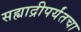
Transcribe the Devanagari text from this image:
सह्याद्रीपर्यंतचा